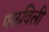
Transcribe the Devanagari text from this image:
पळविली